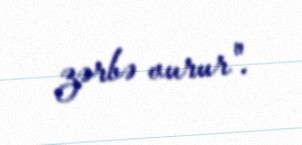
zərbə vurur".